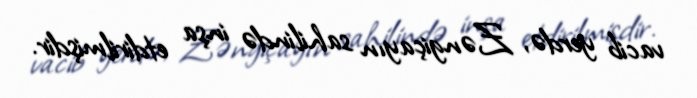
vacib yerdə, Zəngiçayın sahilində inşa etdirilmişdir.